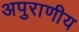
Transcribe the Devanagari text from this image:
अपुराणीय